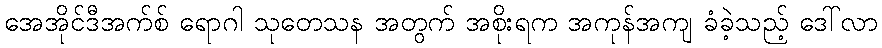
အေအိုင်ဒီအက်စ် ရောဂါ သုတေသန အတွက် အစိုးရက အကုန်အကျ ခံခဲ့သည့် ဒေါ်လာ